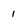
Character: i